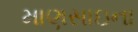
માણસાઇના